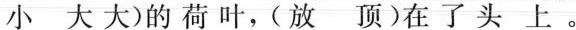
小 大大)的荷叶，(放 顶)在了头上。